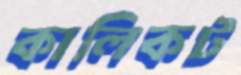
কালিকট